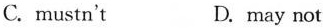
C. mustn't D. may not